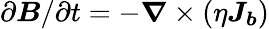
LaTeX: \partial\boldsymbol{B}/\partial t=-\boldsymbol{\nabla}\times(\eta\boldsymbol{J_{b}})